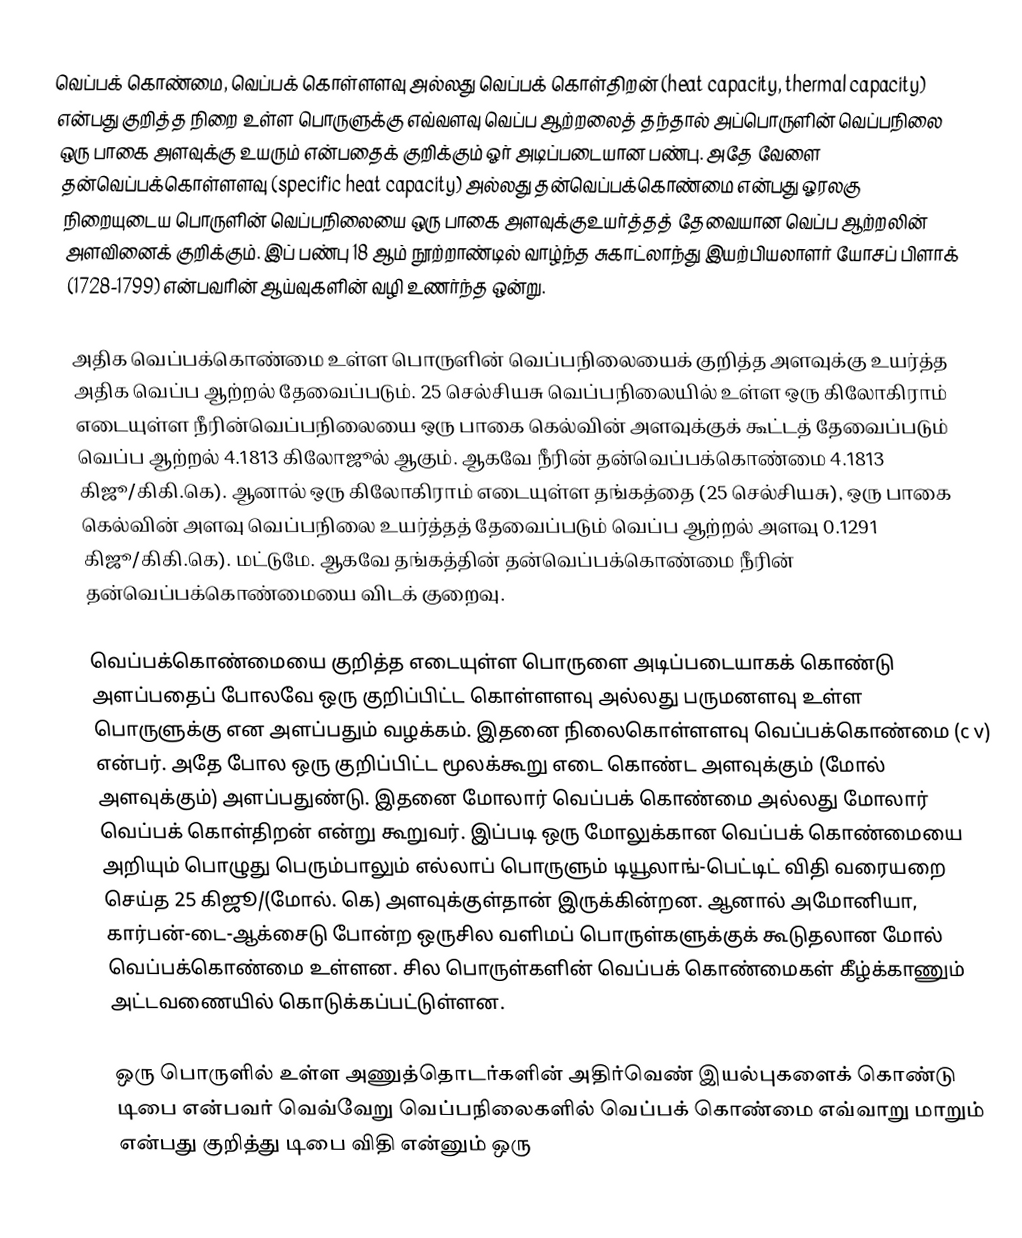
வெப்பக் கொண்மை, வெப்பக் கொள்ளளவு அல்லது வெப்பக் கொள்திறன் (heat capacity, thermal capacity) என்பது குறித்த நிறை உள்ள பொருளுக்கு எவ்வளவு வெப்ப ஆற்றலைத் தந்தால் அப்பொருளின் வெப்பநிலை ஒரு பாகை அளவுக்கு உயரும் என்பதைக் குறிக்கும் ஓர் அடிப்படையான பண்பு. அதே வேளை தன்வெப்பக்கொள்ளளவு (specific heat capacity)  அல்லது தன்வெப்பக்கொண்மை என்பது ஓரலகு நிறையுடைய பொருளின் வெப்பநிலையை ஒரு பாகை அளவுக்குஉயர்த்தத் தேவையான வெப்ப ஆற்றலின் அளவினைக் குறிக்கும். இப் பண்பு 18 ஆம் நூற்றாண்டில் வாழ்ந்த சுகாட்லாந்து இயற்பியலாளர் யோசப் பிளாக் (1728-1799) என்பவரின் ஆய்வுகளின் வழி உணர்ந்த ஒன்று.

அதிக வெப்பக்கொண்மை உள்ள பொருளின் வெப்பநிலையைக் குறித்த அளவுக்கு உயர்த்த அதிக வெப்ப ஆற்றல் தேவைப்படும். 25 செல்சியசு வெப்பநிலையில் உள்ள ஒரு கிலோகிராம் எடையுள்ள நீரின்வெப்பநிலையை ஒரு பாகை கெல்வின் அளவுக்குக் கூட்டத் தேவைப்படும் வெப்ப ஆற்றல் 4.1813 கிலோஜூல் ஆகும். ஆகவே நீரின் தன்வெப்பக்கொண்மை 4.1813 கிஜூ/கிகி.கெ). ஆனால் ஒரு கிலோகிராம் எடையுள்ள தங்கத்தை (25 செல்சியசு), ஒரு பாகை கெல்வின் அளவு  வெப்பநிலை உயர்த்தத் தேவைப்படும் வெப்ப ஆற்றல் அளவு 0.1291 கிஜூ/கிகி.கெ). மட்டுமே. ஆகவே தங்கத்தின் தன்வெப்பக்கொண்மை நீரின் தன்வெப்பக்கொண்மையை விடக் குறைவு.

வெப்பக்கொண்மையை குறித்த எடையுள்ள பொருளை அடிப்படையாகக் கொண்டு அளப்பதைப் போலவே ஒரு குறிப்பிட்ட கொள்ளளவு அல்லது பருமனளவு உள்ள பொருளுக்கு என அளப்பதும் வழக்கம். இதனை நிலைகொள்ளளவு வெப்பக்கொண்மை (c v) என்பர். அதே போல ஒரு குறிப்பிட்ட மூலக்கூறு எடை கொண்ட அளவுக்கும் (மோல் அளவுக்கும்) அளப்பதுண்டு. இதனை மோலார் வெப்பக் கொண்மை அல்லது மோலார் வெப்பக் கொள்திறன் என்று கூறுவர். இப்படி ஒரு மோலுக்கான வெப்பக் கொண்மையை அறியும் பொழுது பெரும்பாலும் எல்லாப் பொருளும் டியூலாங்-பெட்டிட் விதி வரையறை செய்த 25 கிஜூ/(மோல். கெ) அளவுக்குள்தான் இருக்கின்றன. ஆனால் அமோனியா, கார்பன்-டை-ஆக்சைடு போன்ற ஒருசில வளிமப் பொருள்களுக்குக் கூடுதலான மோல் வெப்பக்கொண்மை உள்ளன. சில பொருள்களின் வெப்பக் கொண்மைகள் கீழ்க்காணும் அட்டவணையில் கொடுக்கப்பட்டுள்ளன.

ஒரு பொருளில் உள்ள அணுத்தொடர்களின் அதிர்வெண் இயல்புகளைக் கொண்டு டிபை என்பவர் வெவ்வேறு வெப்பநிலைகளில் வெப்பக் கொண்மை எவ்வாறு மாறும் என்பது குறித்து டிபை விதி என்னும் ஒரு